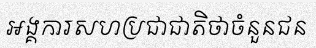
អង្គការសហប្រជាជាតិថាចំនួនជន